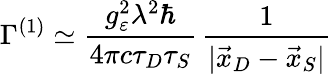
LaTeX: \Gamma^{(1)}\simeq\frac{g_{\varepsilon}^{2}\lambda^{2}\hbar}{4\pi c\tau_{D}\tau_{S}}\, \frac{1}{|\vec{x}_{D}-\vec{x}_{S}|}